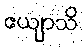
ဧယျာသိ